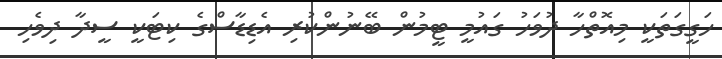
ހަގީގަތަކީ މިއޮތްހާ ދުވަހު ގައުމީ ޓީމުން ބޭނުންކުރި އެޑިޑާސްގެ ކިޓަކީ ސީދާ ދިވެހި